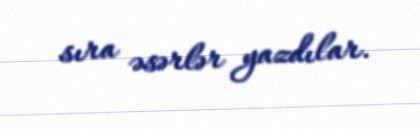
sıra əsərlər yazdılar.